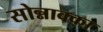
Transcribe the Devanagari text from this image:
सोन्नाक्का